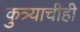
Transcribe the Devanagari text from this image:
कुत्र्याचीही